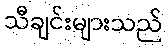
သီချင်းများသည်